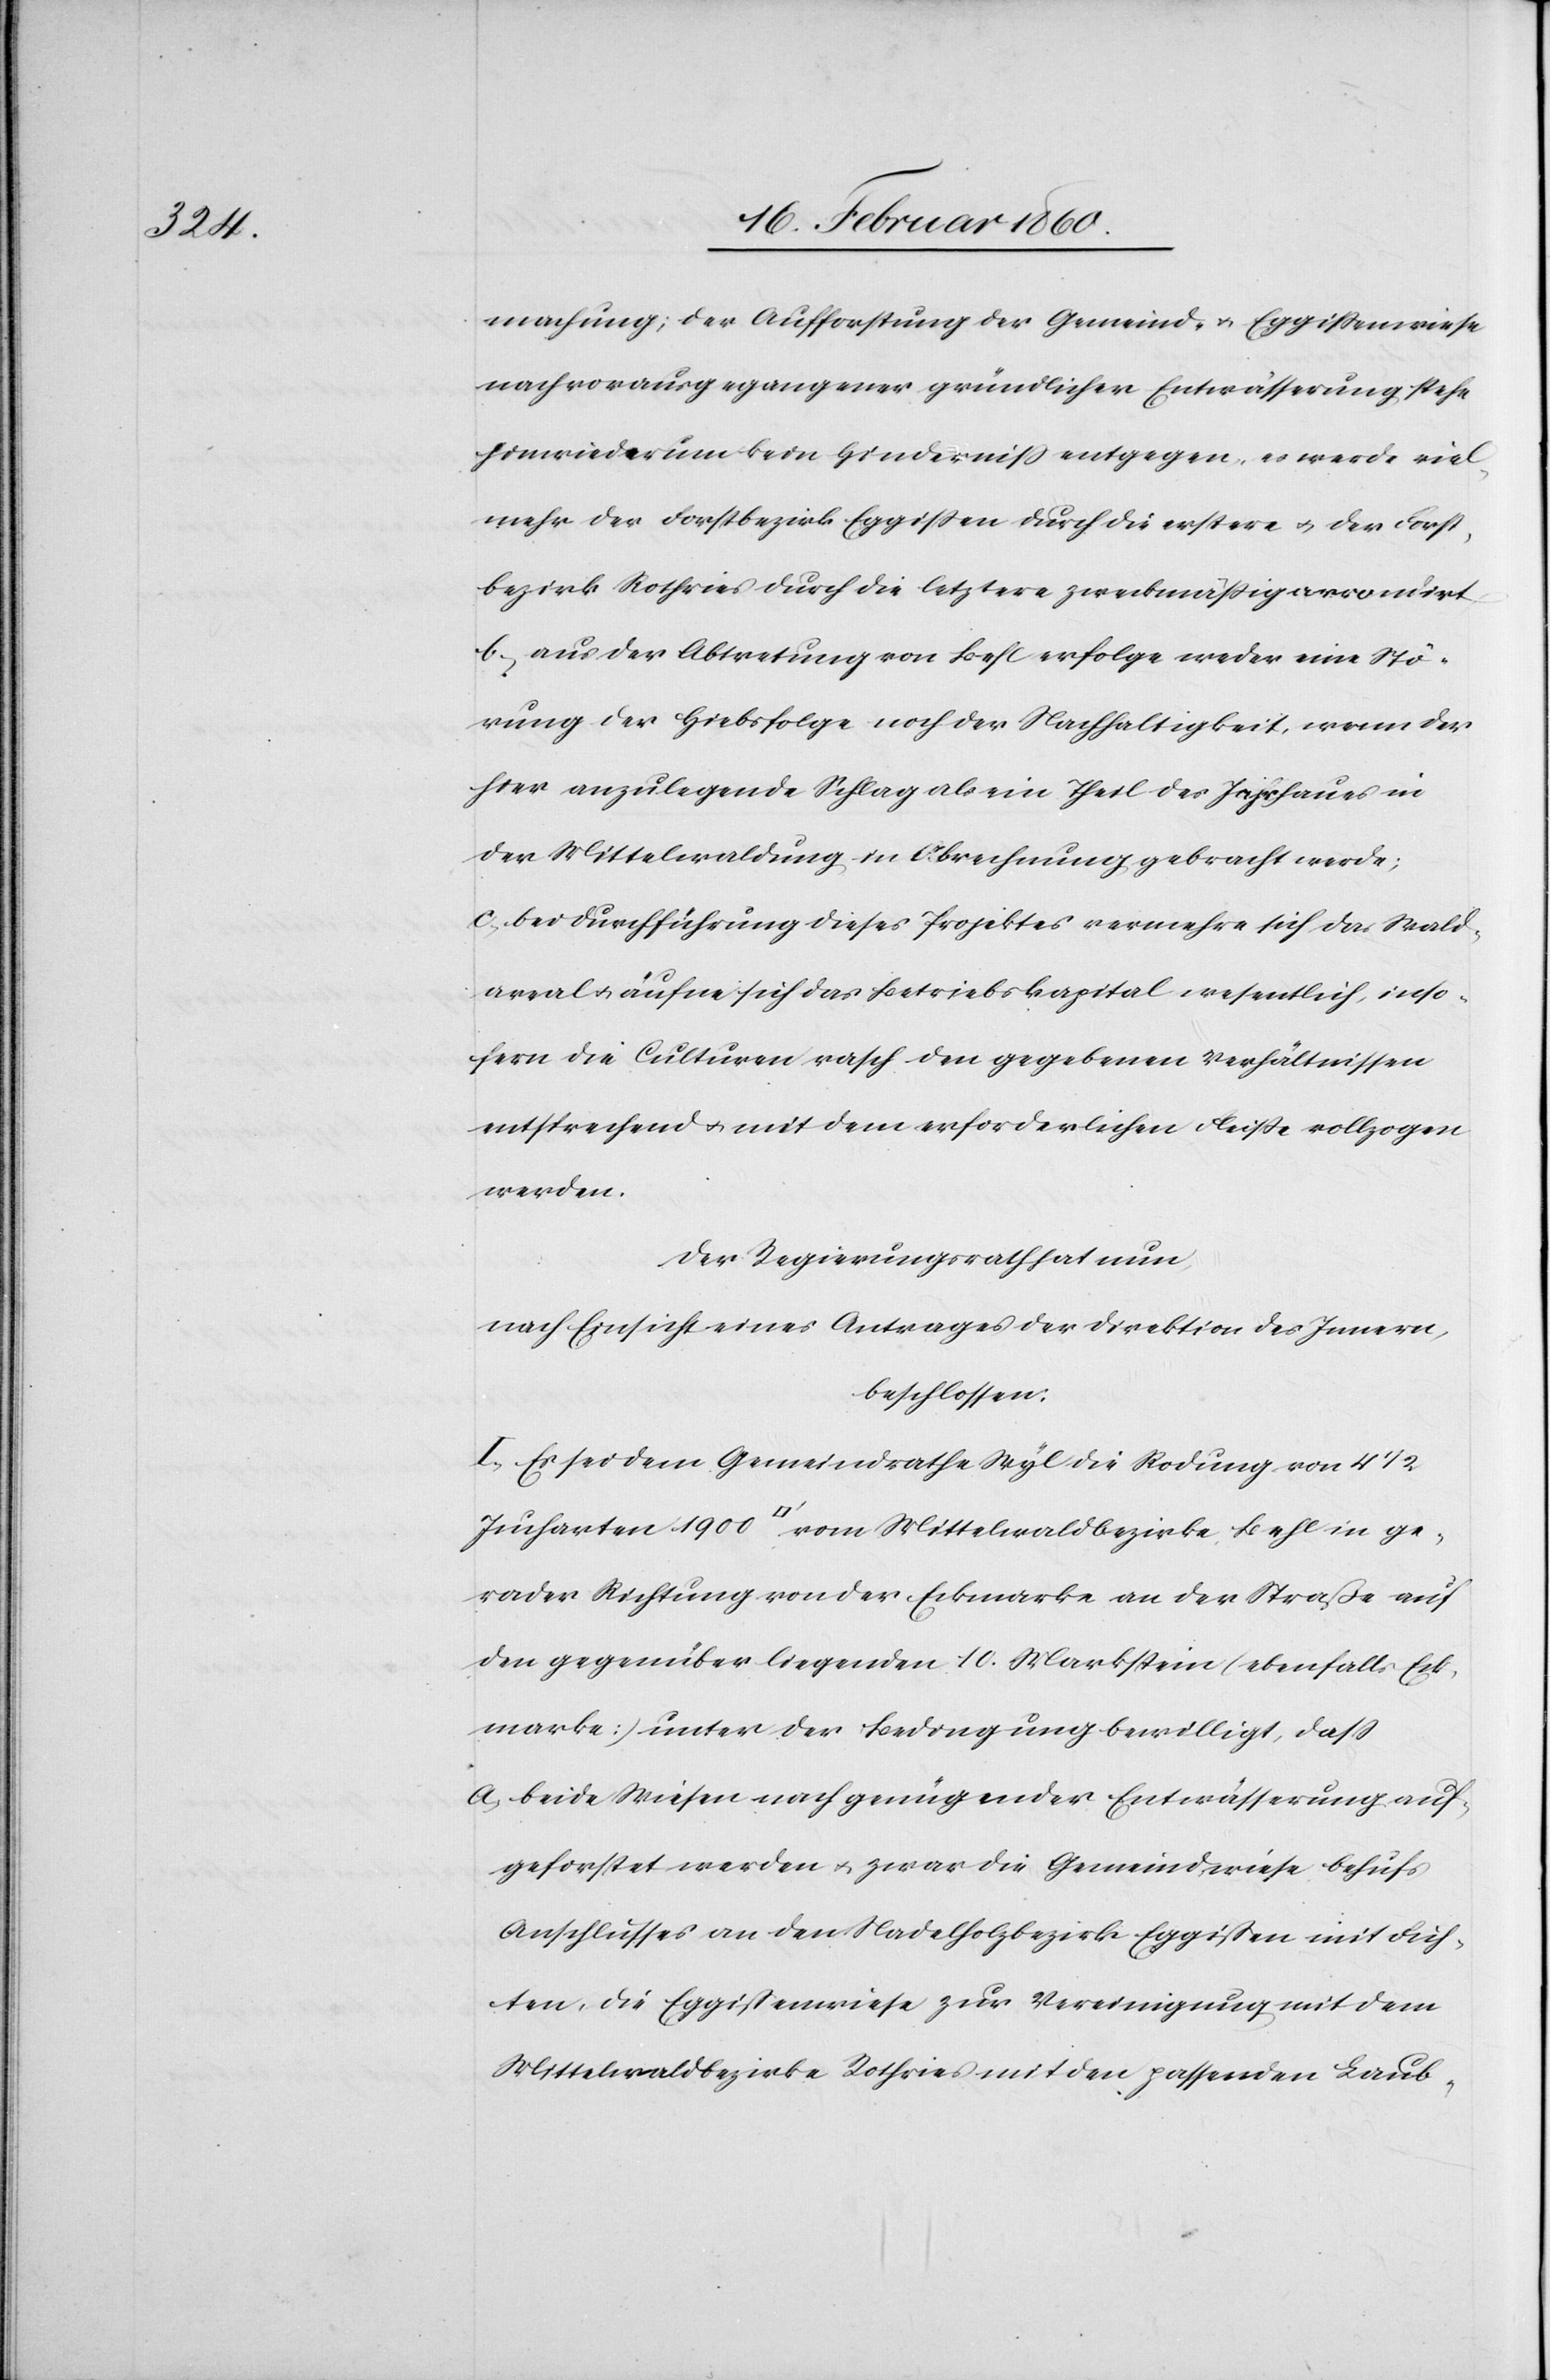
machung; der Aufforstung der Gemeind- u. Eggissenwiese
nach voraus gegangener gründlicher Entwässerung stehe
hinwiederum kein Hinderniss entgegen, es werde viel¬
mehr der Forstbezirk Eggissen durch die erstere u. der Forst¬
bezirk Rothries durch die letztere zweckmässig arrondirt
b. aus der Abtretung von Behl erfolge weder eine Stö¬
rung der Hiebsfolge noch der Nachhaltigkeit, wenn der
hier anzulegende Schlag als ein Theil des Jahrhaues in
der Mittelwaldung in Abrechnung gebracht werde;
c. bei Durchführung dieses Projektes vermehre sich das Wald¬
areal u. äufne sich das Betriebskapital wesentlich, inso¬
fern die Culturen rasch den gegebenen Verhältnissen
entsprechend u. mit dem erforderlichen Fleisse vollzogen
werden.
Der Regierungsrath hat nun;
nach Einsicht eines Antrages der Direktion des Innern
beschlossen:
I. Es sei dem Gemeindrathe Wyl die Rodung von 4 1/2
gerader Richtung von der Eckmarke an der Straße auf
den gegenüber liegenden 10. Markstein [ebenfalls Eck¬
marke] unter der Bedingung bewilligt, dass
a. beide Wiesen nach genügender Entwässerung auf¬
geforstet werden u. zwar die Gemeindwiese behufs
Anschluss an den Nadelholzbezirk Eggissen mit Fich¬
ten, die Eggissenwiese zur Vereinigung mit dem
Mittelwaldbezirke Rothries mit den passenden Laub-